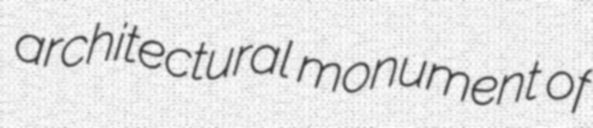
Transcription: architectural monument of